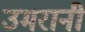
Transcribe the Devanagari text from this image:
उमरानी